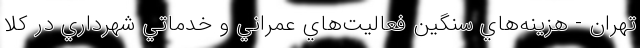
تهران - هزينه‌هاي سنگين فعاليت‌هاي عمراني و خدماتي شهرداري در كلا